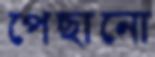
পেছানো